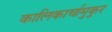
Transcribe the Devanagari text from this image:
कालिकार्चामुकुर